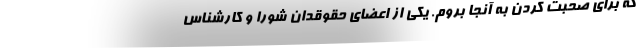
که برای صحبت کردن به آنجا بروم. یکی از اعضای حقوقدان شورا و کارشناس